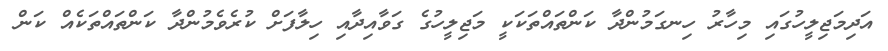
އަދިމަޖިލީހުގައި މިހާރު ހިނގަމުންދާ ކަންތައްތަކަކީ މަޖިލީހުގެ ގަވާއިދާއި ހިލާފަށް ކުރެވެމުންދާ ކަންތައްތަކެއް ކަން